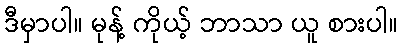
ဒီမှာပါ။ မုန့် ကိုယ့် ဘာသာ ယူ စားပါ။